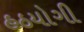
હઠયોગી